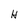
Character: H